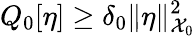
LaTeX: Q_{0}[\eta]\ge\delta_{0}\| \eta\| _{\mathcal{X}_{0}}^{2}